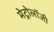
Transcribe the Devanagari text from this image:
मेट्रोलॉजी